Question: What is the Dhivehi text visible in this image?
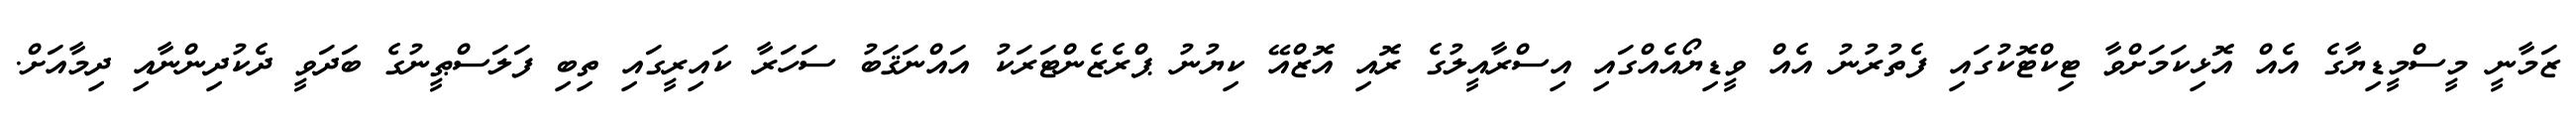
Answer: ޒަމާނީ މީސްމީޑިޔާގެ އެއް އޮޅިކަމަށްވާ ޓިކްޓޮކުގައި ފެތުރުނު އެއް ވީޑިޔޯއެއްގައި އިސްރާއީލުގެ ރޮއި އޮޒްއޭ ކިޔުނު ޕްރެޒެންޓަރަކު އައްނަޤަބު ސަހަރާ ކައިރީގައި ތިބި ފަލަސްޠީނުގެ ބަދަވީ ދެކުދިންނާއި ދިމާއަށް.